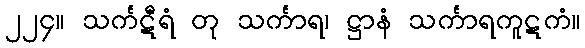
၂၂၄။ သင်္ကဋီရံ တု သင်္ကာရ၊ ဋ္ဌာနံ သင်္ကာရကူဋကံ။